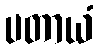
ပတာယံ